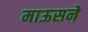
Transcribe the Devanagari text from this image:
माऊसने